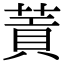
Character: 䔈